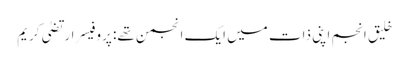
خلیق انجم اپنی ذات میں ایک انجمن تھے: پروفیسر ارتضیٰ کریم